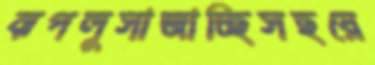
ঝপলুসাজাচ্ছিসছয়ে